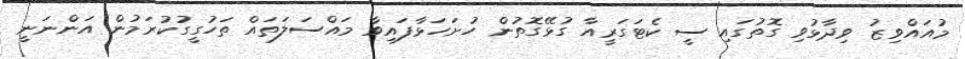
މުއައްވިޒު ވިދާޅުވި ގޮތުގައި ސީ ކެޓަގަރީއާ ގުޅޭގޮތުން ހުށަހަޅާފައިވާ މައްސަލަތައް ތަހުގީގުކުރަމުން އަންނަނީ